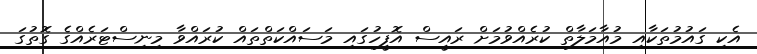
އެކި ގައުމުތަކާއި މުއާމަލާތް ކުރެއްވުމަށް ރައީސް އޮފީހުގައި މަސައްކަތްތައް ކުރައްވާ މިނިސްޓަރެއްގެ ގޮތުގަ